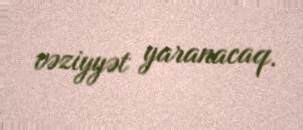
vəziyyət yaranacaq.